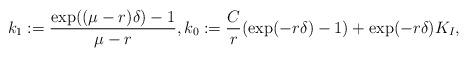
LaTeX: \begin{align*}k_1:=\frac{\exp((\mu-r)\delta)-1}{\mu-r},k_0:=\frac{C}{r}(\exp(-r\delta)-1)+\exp(-r\delta)K_I,\end{align*}